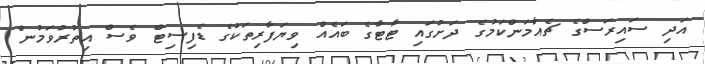
އަދި ސައިރަސްގެ ޗެއާމަންކަމުގެ ދަށުގައި ޓާޓާގެ ބައެއް ވިޔަފާރިތަކުގެ ޑެފިސިޓް ވެސް އިތުރުވަމުން